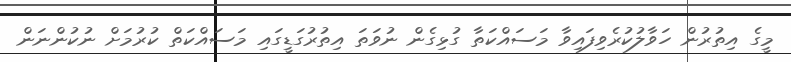
މީގެ އިތުރުން ހަވާލުކުރެވިފައިވާ މަސައްކަތާ ގުޅިގެން ނުވަތަ އިތުރުގަޑީގައި މަސައްކަތް ކުރުމަށް ނުކުންނަން